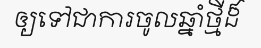
ឲ្យទៅជាការចូលឆ្នាំថ្មីដ៏